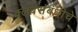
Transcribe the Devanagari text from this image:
क्लबसंबंधीचे